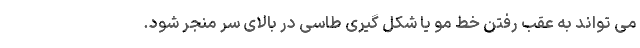
می تواند به عقب رفتن خط مو یا شکل گیری طاسی در بالای سر منجر شود.